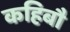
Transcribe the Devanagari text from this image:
कहिबौ